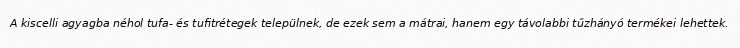
A kiscelli agyagba néhol tufa- és tufitrétegek települnek, de ezek sem a mátrai, hanem egy távolabbi tűzhányó termékei lehettek.